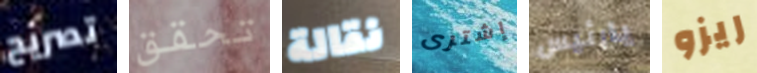
تصريح تحقق نقالة إشترى يارئيس ريزو